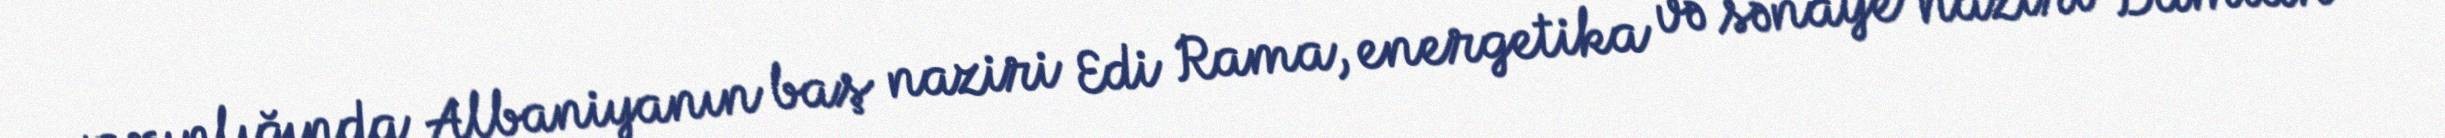
yaxınlığında Albaniyanın baş naziri Edi Rama, energetika və sənaye naziri Damian